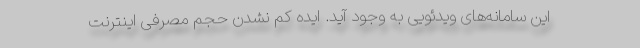
این سامانه‌های ویدئویی به وجود آید. ایده کم نشدن حجم مصرفی اینترنت